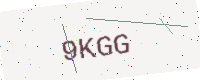
Text: 9KGG